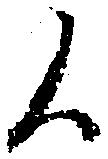
候